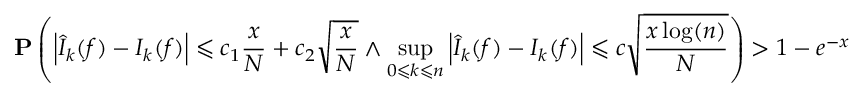
\mathbf { P } \left( \left| { \widehat { I } } _ { k } ( f ) - I _ { k } ( f ) \right| \leqslant c _ { 1 } { \frac { x } { N } } + c _ { 2 } { \sqrt { \frac { x } { N } } } \land \operatorname* { s u p } _ { 0 \leqslant k \leqslant n } \left| { \widehat { I } } _ { k } ( f ) - I _ { k } ( f ) \right| \leqslant c { \sqrt { \frac { x \log ( n ) } { N } } } \right) > 1 - e ^ { - x }